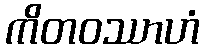
ကိတဝဿာဟံ